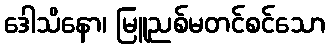
ဒေါသိနော၊ မြူညစ်မတင်စင်သော